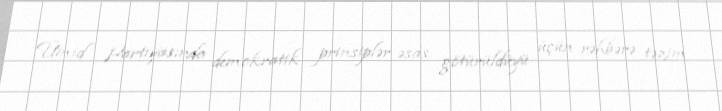
Ümid Partiyasında demokratik prinsiplər əsas götürüldüyü üçün rəhbərə təzim